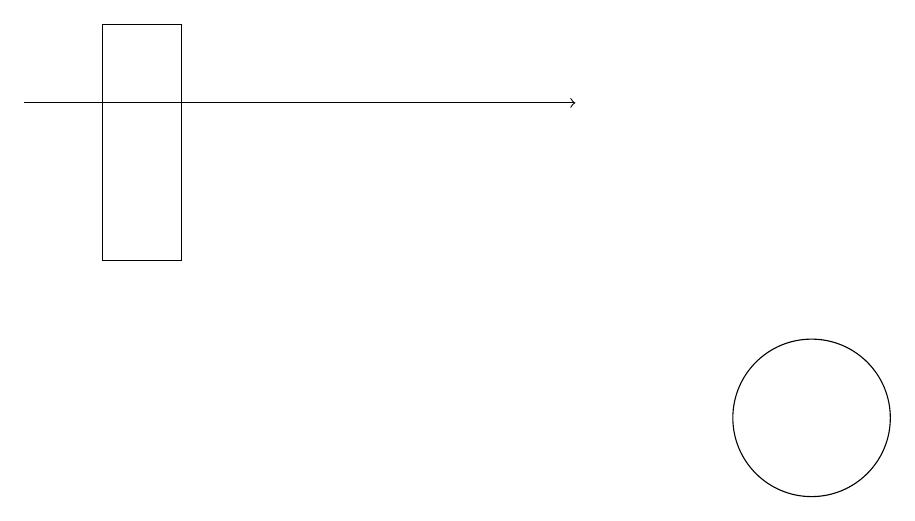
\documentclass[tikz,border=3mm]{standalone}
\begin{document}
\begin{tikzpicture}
\draw (2,17) rectangle (3,14);
\draw[->] (1,16) -- (8,16);
\draw (11,12) circle (1);
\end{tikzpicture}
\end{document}